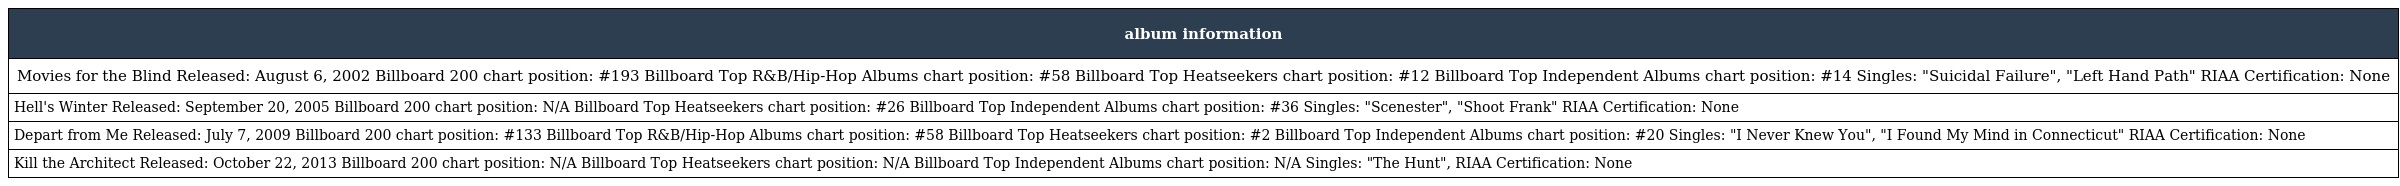
| album information |
 | --- |
 | Movies for the Blind Released: August 6, 2002 Billboard 200 chart position: #193 Billboard Top R&B/Hip-Hop Albums chart position: #58 Billboard Top Heatseekers chart position: #12 Billboard Top Independent Albums chart position: #14 Singles: "Suicidal Failure", "Left Hand Path" RIAA Certification: None |
 | Hell's Winter Released: September 20, 2005 Billboard 200 chart position: N/A Billboard Top Heatseekers chart position: #26 Billboard Top Independent Albums chart position: #36 Singles: "Scenester", "Shoot Frank" RIAA Certification: None |
 | Depart from Me Released: July 7, 2009 Billboard 200 chart position: #133 Billboard Top R&B/Hip-Hop Albums chart position: #58 Billboard Top Heatseekers chart position: #2 Billboard Top Independent Albums chart position: #20 Singles: "I Never Knew You", "I Found My Mind in Connecticut" RIAA Certification: None |
 | Kill the Architect Released: October 22, 2013 Billboard 200 chart position: N/A Billboard Top Heatseekers chart position: N/A Billboard Top Independent Albums chart position: N/A Singles: "The Hunt", RIAA Certification: None |